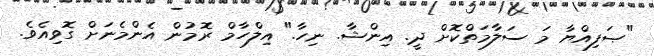
"ޞަފިއްޔާ މަ ސަލާމަތްކޮށް ދީ. އިންޝާ. ނިހާ." އިލްހާމް ރޮމުން އެންމެނަށް ގޮވިއެވެ.